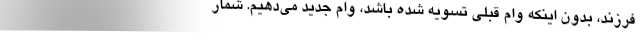
فرزند، بدون اینکه وام قبلی تسویه شده باشد، وام جدید می‌دهیم. شمار